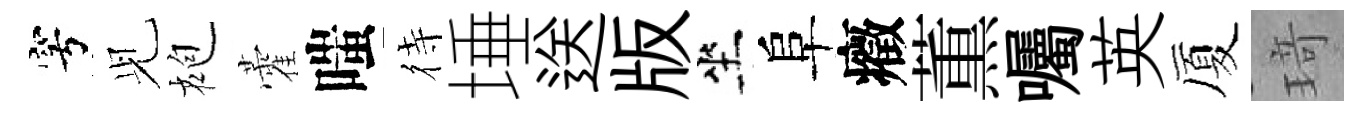
穹𫤗袍藿嗤待埵送版坐阜癥薫囑英厦𤦺